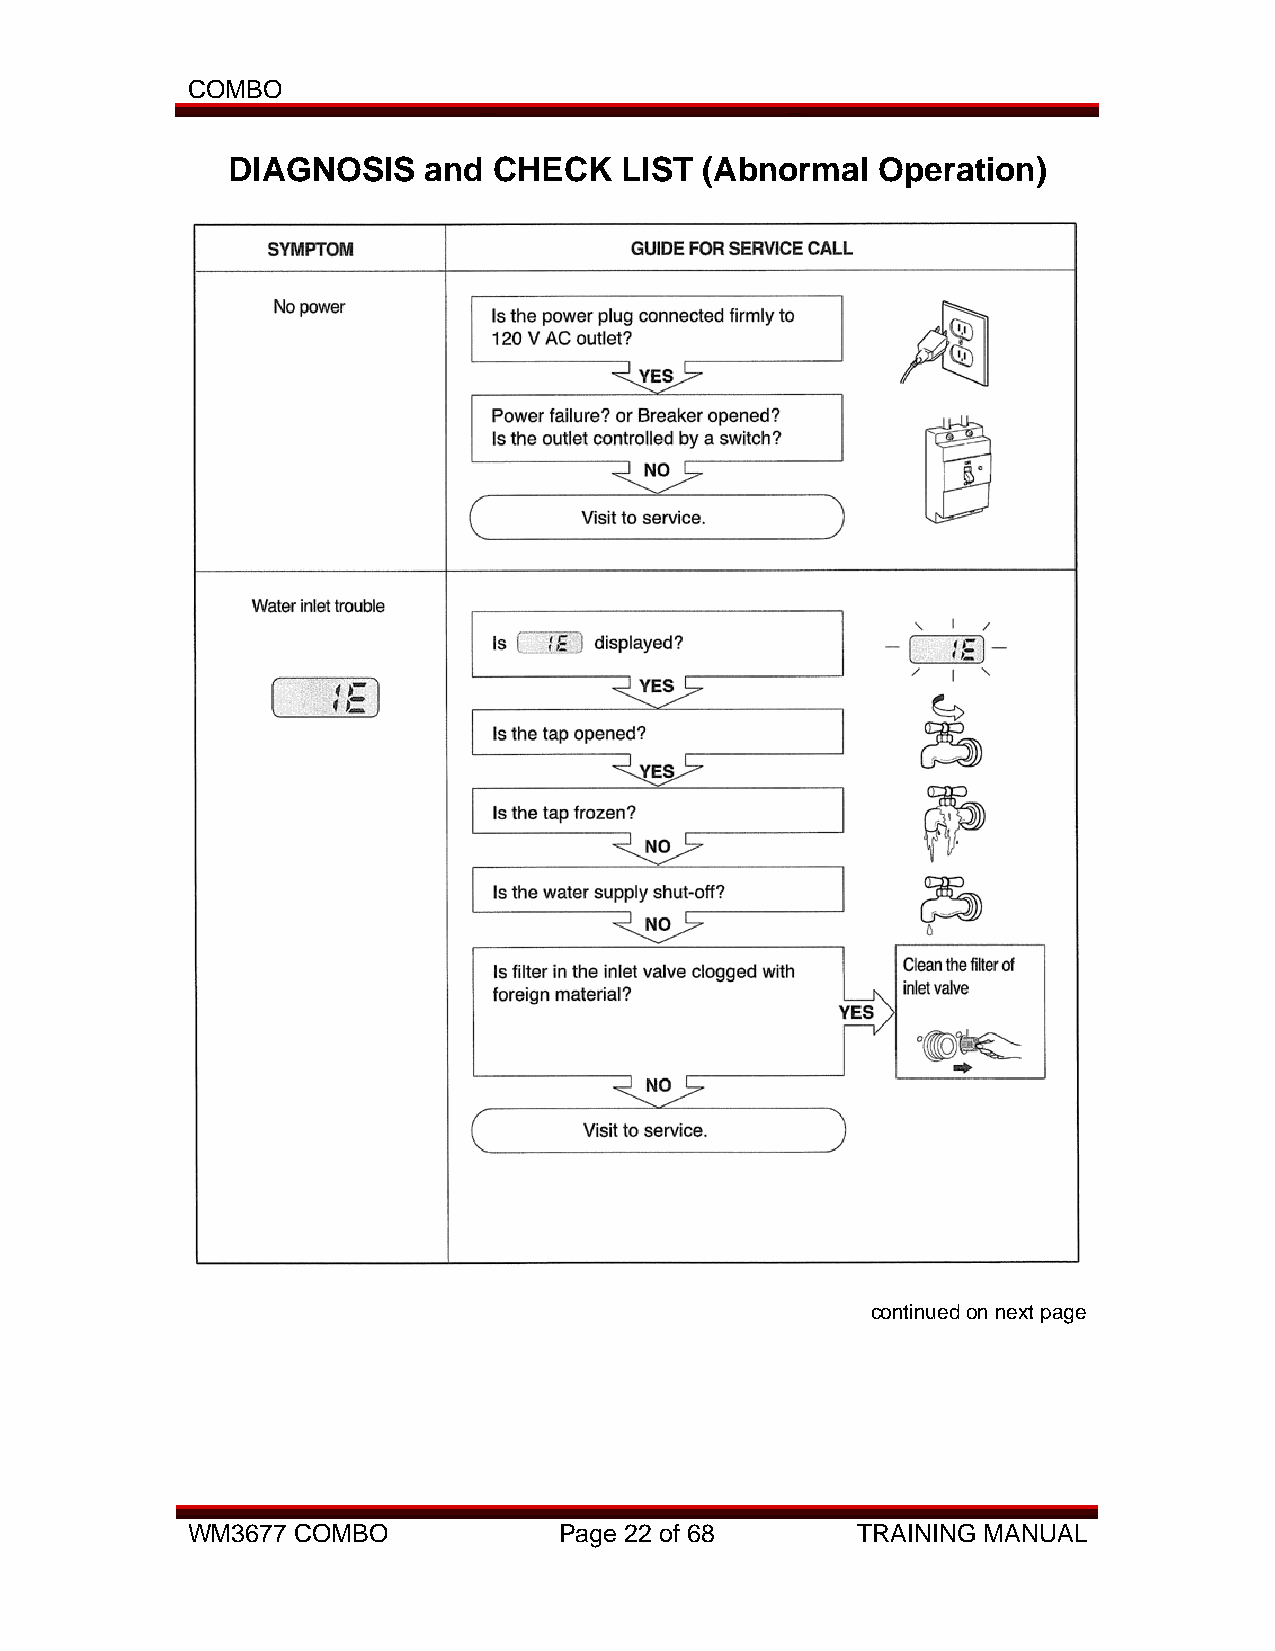
COMBO
 DIAGNOSIS    and  CHECK   LIST  (Abnormal  Operation)
 continued on next page
 WM3677 COMBO             Page 22 of 68       TRAINING MANUAL